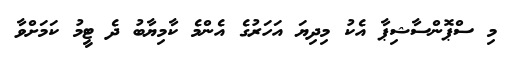
މި ސްޕޮންސާޝިޕާ އެކު މިދިޔަ އަހަރުގެ އެންމެ ކާމިޔާބު ދެ ޓީމު ކަމަށްވާ